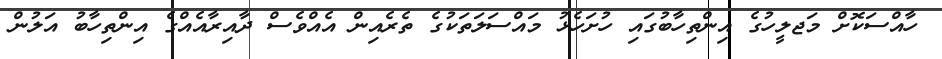
ހާއްސަކޮށް މަޖލީހުގެ އިންތިހާބުގައި ހުށަހެޅު މައްސަލަތަކުގެ ތެރެއިން އެއްވެސް ދާއިރާއެއްގެ އިންތިހާބު އަލުން